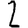
Digit: 2